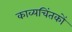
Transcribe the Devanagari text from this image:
काव्यचिंतकों